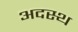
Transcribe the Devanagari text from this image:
अदस्थ